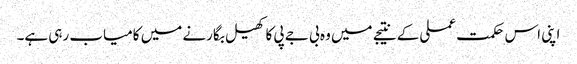
اپنی اس حکمت عملی کے نتیجے میں وہ بی جے پی کا کھیل بگارنے میں کامیاب رہی ہے۔